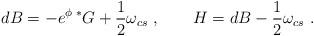
LaTeX: \begin{align*}dB = -e^{\phi} {\,} {^*G} + \frac{1}{2} \omega_{cs} \ ,\qquad H = dB - \frac{1}{2} \omega_{cs}\ .\end{align*}